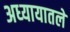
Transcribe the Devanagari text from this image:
अध्‍यायातले